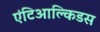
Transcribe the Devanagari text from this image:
एंटिआल्किडस